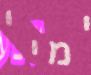
ימיי